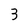
Character: 3